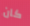
كان